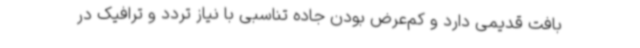
بافت قدیمی دارد و کم‌عرض بودن جاده تناسبی با نیاز تردد و ترافیک در